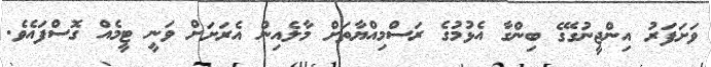
ވަށަފަރު އިންޖީނުގޭގެ ބިންގާ އެޅުމުގެ ރަސްމިއްޔާތަށް މާލެއިން އެރަށަށް ވަނީ ޓީމެއް ގޮސްފައެވެ.